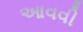
આવવી